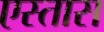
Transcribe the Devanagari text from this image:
एस्तास